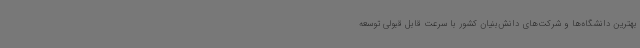
بهترین دانشگاه‌ها و شرکت‌های دانش‌بنیان کشور با سرعت قابل قبولی توسعه